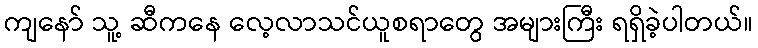
ကျနော် သူ့ ဆီကနေ လေ့လာသင်ယူစရာတွေ အများကြီး ရရှိခဲ့ပါတယ်။